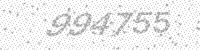
Solution: 994755